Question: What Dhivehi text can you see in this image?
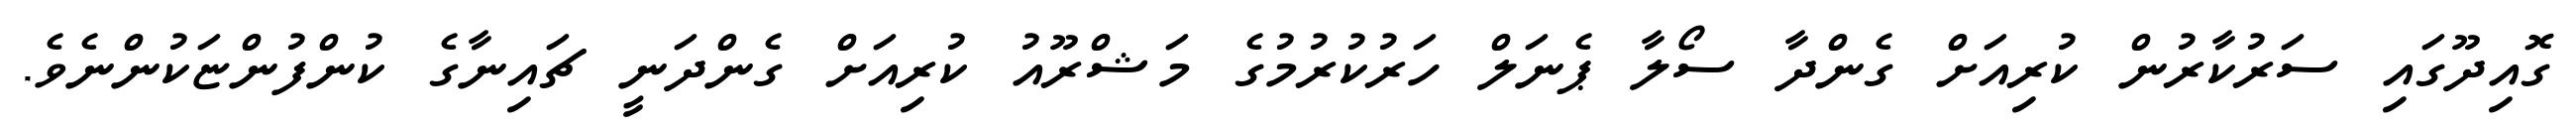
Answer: ގޮއިދޫގައި ސަރުކާރުން ކުރިއަށް ގެންދާ ސޯލާ ޕެނަލް ހަރުކުރުމުގެ މަޝްރޫއު ކުރިއަށް ގެންދަނީ ޗައިނާގެ ކުންފުންޏަކުންނެވެ.